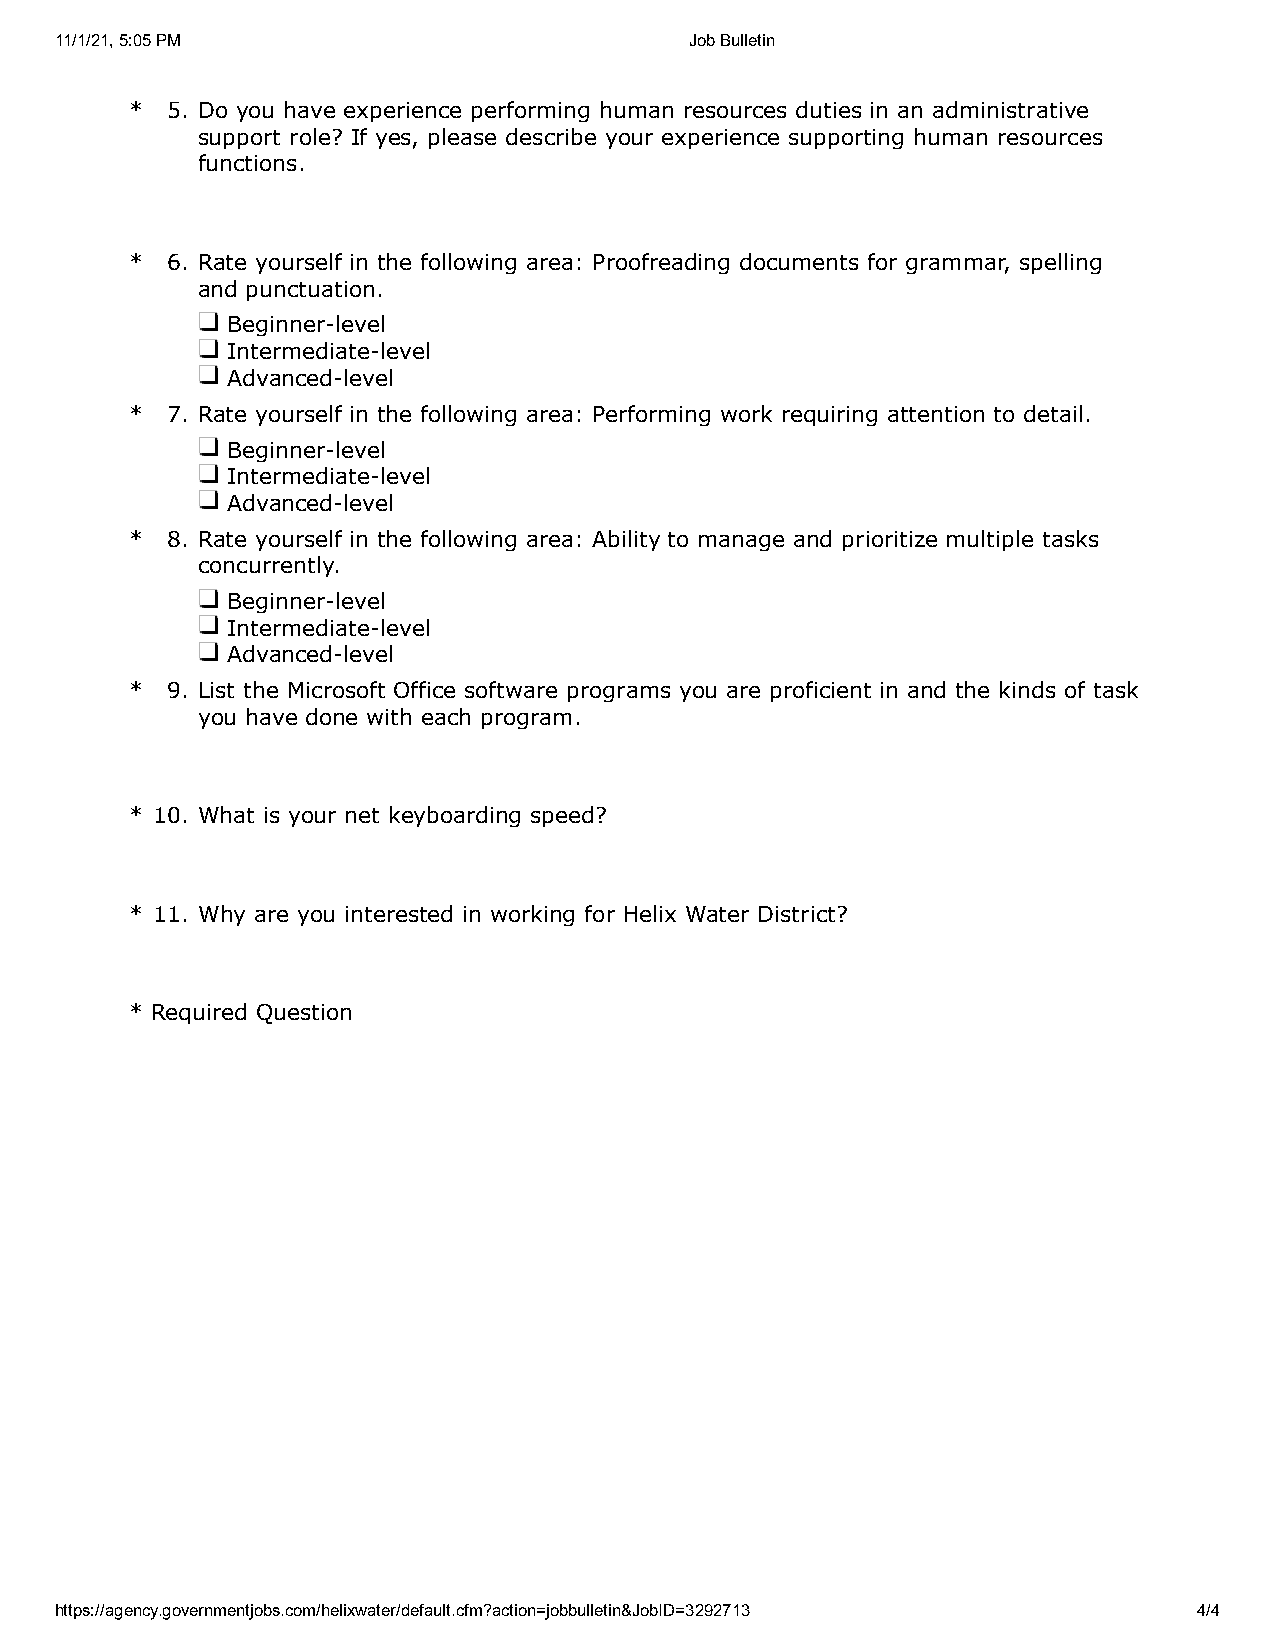
11/1/21, 5:05 PM                          Job Bulletin
 * 5. Do you have experience performing human resources duties in an administrative
 support role? If yes, please describe your experience supporting human resources
 functions.
 * 6. Rate yourself in the following area: Proofreading documents for grammar, spelling
 and punctuation.
 Beginner-level
 Intermediate-level
 Advanced-level
 * 7. Rate yourself in the following area: Performing work requiring attention to detail.
 Beginner-level
 Intermediate-level
 Advanced-level
 * 8. Rate yourself in the following area: Ability to manage and prioritize multiple tasks
 concurrently.
 Beginner-level
 Intermediate-level
 Advanced-level
 * 9. List the Microsoft Office software programs you are proficient in and the kinds of task
 you have done with each program.
 * 10. What is your net keyboarding speed?
 * 11. Why are you interested in working for Helix Water District?
 * Required Question
 https://agency.governmentjobs.com/helixwater/default.cfm?action=jobbulletin&JobID=3292713 4/4